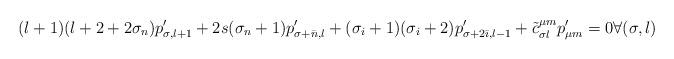
LaTeX: \begin{align*}(l+1)(l+2+2\sigma_n) p'_{\sigma, l+1} + 2s(\sigma_n + 1) p'_{\sigma+\bar n, l} + (\sigma_i +1)(\sigma_i + 2) p'_{\sigma + 2\bar \imath, l-1} + \tilde{c}_{\sigma l}^{\mu m} p'_{\mu m} = 0 \forall (\sigma, l)\end{align*}